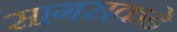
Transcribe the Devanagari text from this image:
सागराकडे